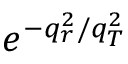
e ^ { - q _ { r } ^ { 2 } / q _ { T } ^ { 2 } }